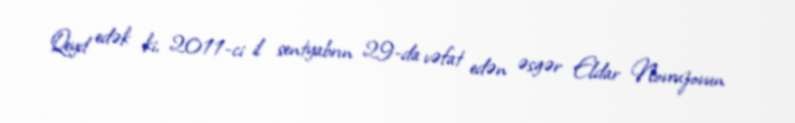
Qeyd edək ki, 2011-ci il sentyabrın 29-da vəfat edən əsgər Eldar Novruzovun